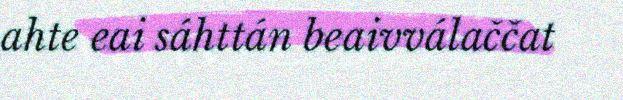
ahte eai sáhttán beaivválaččat